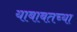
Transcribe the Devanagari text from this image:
याबाबतच्या